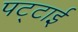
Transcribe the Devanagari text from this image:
पट्टाई